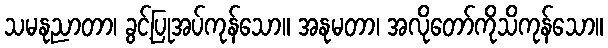
သမနုညာတာ၊ ခွင့်ပြုအပ်ကုန်သော။ အနုမတာ၊ အလိုတော်ကိုသိကုန်သော။